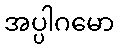
အပ္ပါဂမော